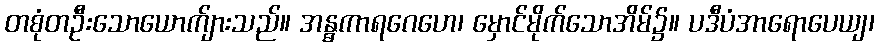
တစုံတဦးသောယောက်ျားသည်။ အန္ဓကာရဂေဟေ၊ မှောင်မိုက်သောအိမ်၌။ ပဒီပံအာရောပေယျ၊